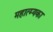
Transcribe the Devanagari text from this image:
महात्म्यका